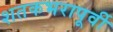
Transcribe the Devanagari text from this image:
शतकभरापूर्वी